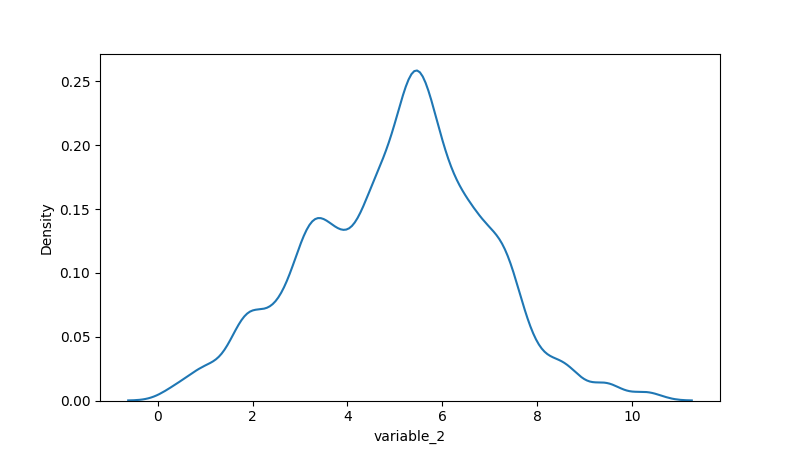
python, seaborn, kdeplot, hue='None', fill=False, bw_adjust=0.5